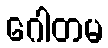
ဂေါတမ